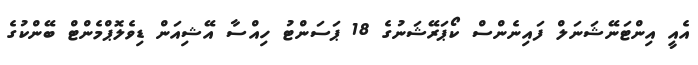
އެއީ އިންޓަނޭޝަނަލް ފައިނެންސް ކޯޕަރޭޝަނުގެ 18 ޕަސަންޓު ހިއްސާ އޭޝިއަން ޑިވެލޮޕްމެންޓް ބޭންކުގެ